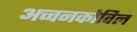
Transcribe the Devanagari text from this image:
अच्चनकोविल